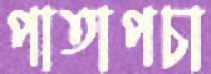
পাতাপচা